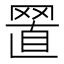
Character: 𦋘